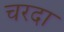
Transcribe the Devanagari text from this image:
चरदा